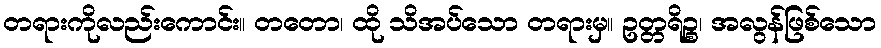
တရားကိုလည်းကောင်း။ တတော၊ ထို သိအပ်သော တရားမှ။ ဥတ္တရိဉ္စ၊ အလွန်ဖြစ်သော